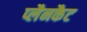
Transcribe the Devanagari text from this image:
प्लैनकैट